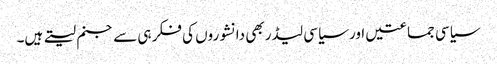
سیاسی جماعتیں اور سیاسی لیڈر بھی دانشوروں کی فکر ہی سے جنم لیتے ہیں۔